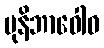
မုနိဘာဝေါဝ